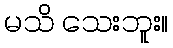
မသိ သေးဘူး။